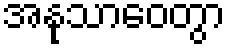
အနုသာဝေတွာ